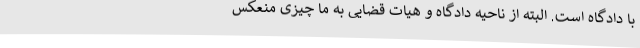
با دادگاه است. البته از ناحیه دادگاه و هیات قضایی به ما چیزی منعکس